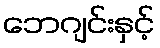
ဘေဂျင်းနှင့်